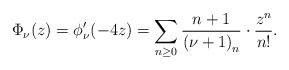
LaTeX: \begin{align*}\Phi_{\nu }(z)=\phi_{\nu }^{\prime }(-4z)=\sum_{n\geq0}\frac{n+1}{\left(\nu+1\right)_{n}}\cdot\frac{z^n}{n!}. \end{align*}